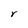
Character: r